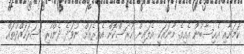
ކަމަށާއި އެހިސާބުން އެއިގެ މާނައަކީ އެލައިން ހުރަސްކޮށް އެތެރެއަށް ނުވަދެ ދެންހުރި ސަރަހައްދުތައް